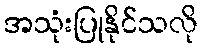
အသုံးပြုနိုင်သလို